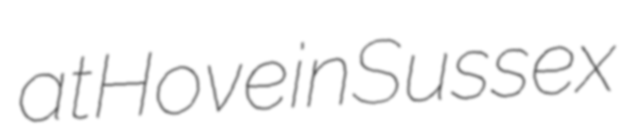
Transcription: at Hove in Sussex